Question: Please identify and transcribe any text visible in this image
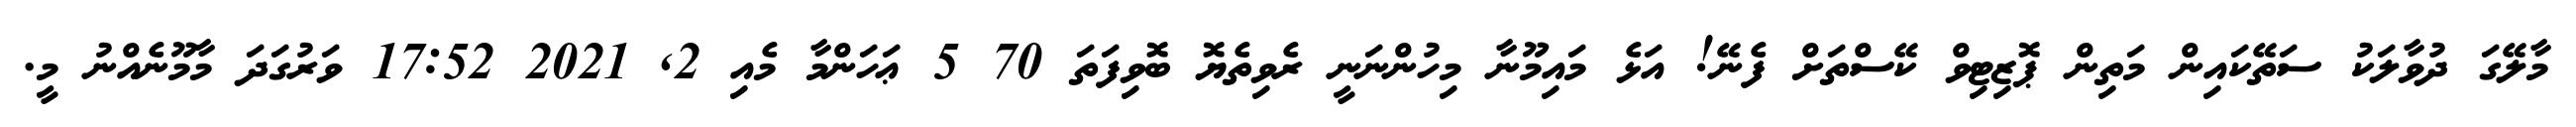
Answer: މާލޭގަ ދުވާލަކު ސަތޭކައިން މަތިން ޕޮޒިޓިވް ކޭސްތަށް ފެނޭ! އަޅެ މައިމޫނާ މިހުންނަނީ ރެވިތެޔޮ ބޮވިފަތަ 70 5 ޢަހަންމާ މެއި 2, 2021 17:52 ވަރުގަދަ މާމޫނެއްނު މީ.